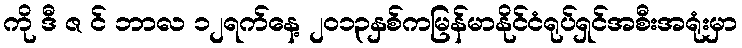
ကို ဒီ ဇ င် ဘာလ ၁၂ရက်နေ့ ၂၀၁၃နှစ်ကမြန်မာနိုင်ငံရုပ်ရှင်အစီးအရုံးမှာ